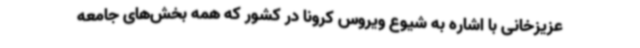
عزیزخانی با اشاره به شیوع ویروس کرونا در کشور که همه بخش‌های جامعه